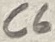
Text: C6